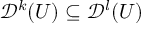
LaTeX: { \mathcal { D } } ^ { k } ( U ) \subseteq { \mathcal { D } } ^ { l } ( U )